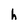
Character: h